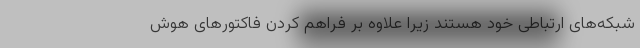
شبکه‌های ارتباطی خود هستند زیرا علاوه بر فراهم کردن فاکتورهای هوش